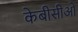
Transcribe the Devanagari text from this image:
केबीसीओ